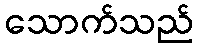
သောက်သည်